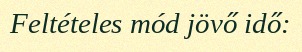
Feltételes mód jövő idő: